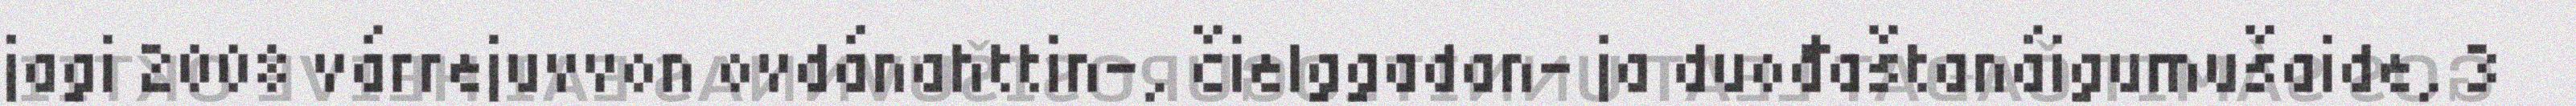
jagi 2008 várrejuvvon ovdánahttin-, čielggadan- ja duođaštanáigumušaide, 3